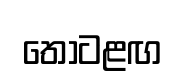
තොටළඟ